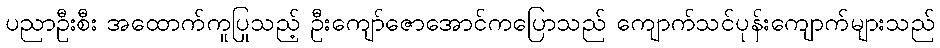
ပညာဦးစီး အထောက်ကူပြုသည့် ဦးကျော်ဇောအောင်ကပြောသည် ကျောက်သင်ပုန်းကျောက်များသည်